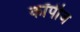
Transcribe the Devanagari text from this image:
कॉपीज